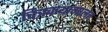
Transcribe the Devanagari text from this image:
चित्रकथामालेत